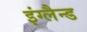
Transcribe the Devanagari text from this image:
इंग्लैन्ड